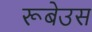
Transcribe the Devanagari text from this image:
रूबेउस